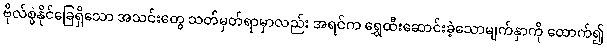
ဗိုလ်စွဲနိုင်ခြေရှိသော အသင်းတွေ သတ်မှတ်ရာမှာလည်း အရင်က ရွှေထီးဆောင်းခဲ့သောမျက်နှာကို ထောက်၍